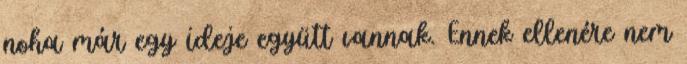
noha már egy ideje együtt vannak. Ennek ellenére nem